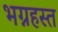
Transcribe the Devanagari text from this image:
भग्नहस्त